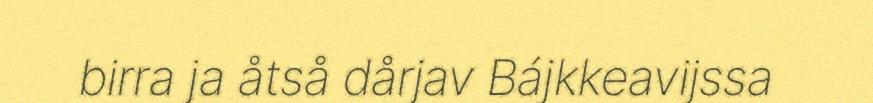
birra ja åtså dårjav Bájkkeavijssa